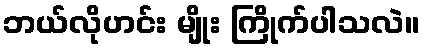
ဘယ်လိုဟင်း မျိုး ကြိုက်ပါသလဲ။